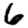
Digit: 6